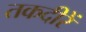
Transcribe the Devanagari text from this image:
तकदीरें